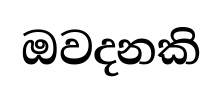
ඔවදනකි